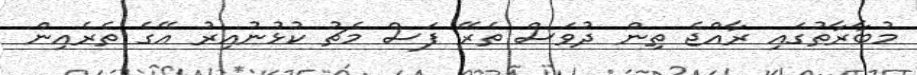
މުބާރާތުގައި ރާއްޖެ ތިން ދުވަސް ތެރޭ ފަސް މެޗު ކުޅުނުއިރު އޭގެ ތެރެއިން